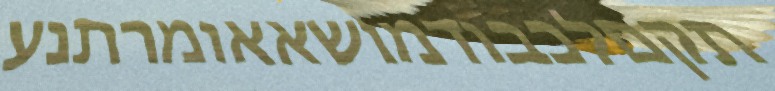
תקםלכבודמושאאומרתנע